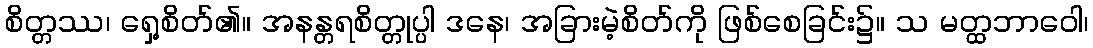
စိတ္တဿ၊ ရှေ့စိတ်၏။ အနန္တရစိတ္တုပ္ပါ ဒနေ၊ အခြားမဲ့စိတ်ကို ဖြစ်စေခြင်း၌။ သ မတ္ထဘာဝေါ၊